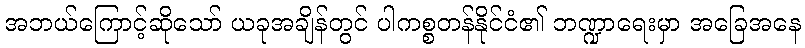
အဘယ်ကြောင့်ဆိုသော် ယခုအချိန်တွင် ပါကစ္စတန်နိုင်ငံ၏ ဘဏ္ဍာရေးမှာ အခြေအနေ